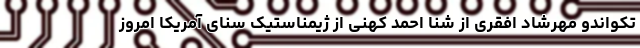
تکواندو مهرشاد افقری از شنا احمد کهنی از ژیمناستیک سنای آمریکا امروز